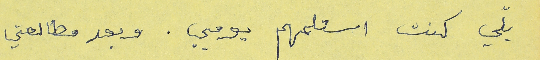
يلّي كنت استلمهم يومي. وبعد مطالعتي